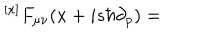
LaTeX: { ^ { [ x ] } F _ { \mu \nu } } ( x + i s \hbar \partial _ { p } ) =